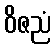
ဝိဇညံ